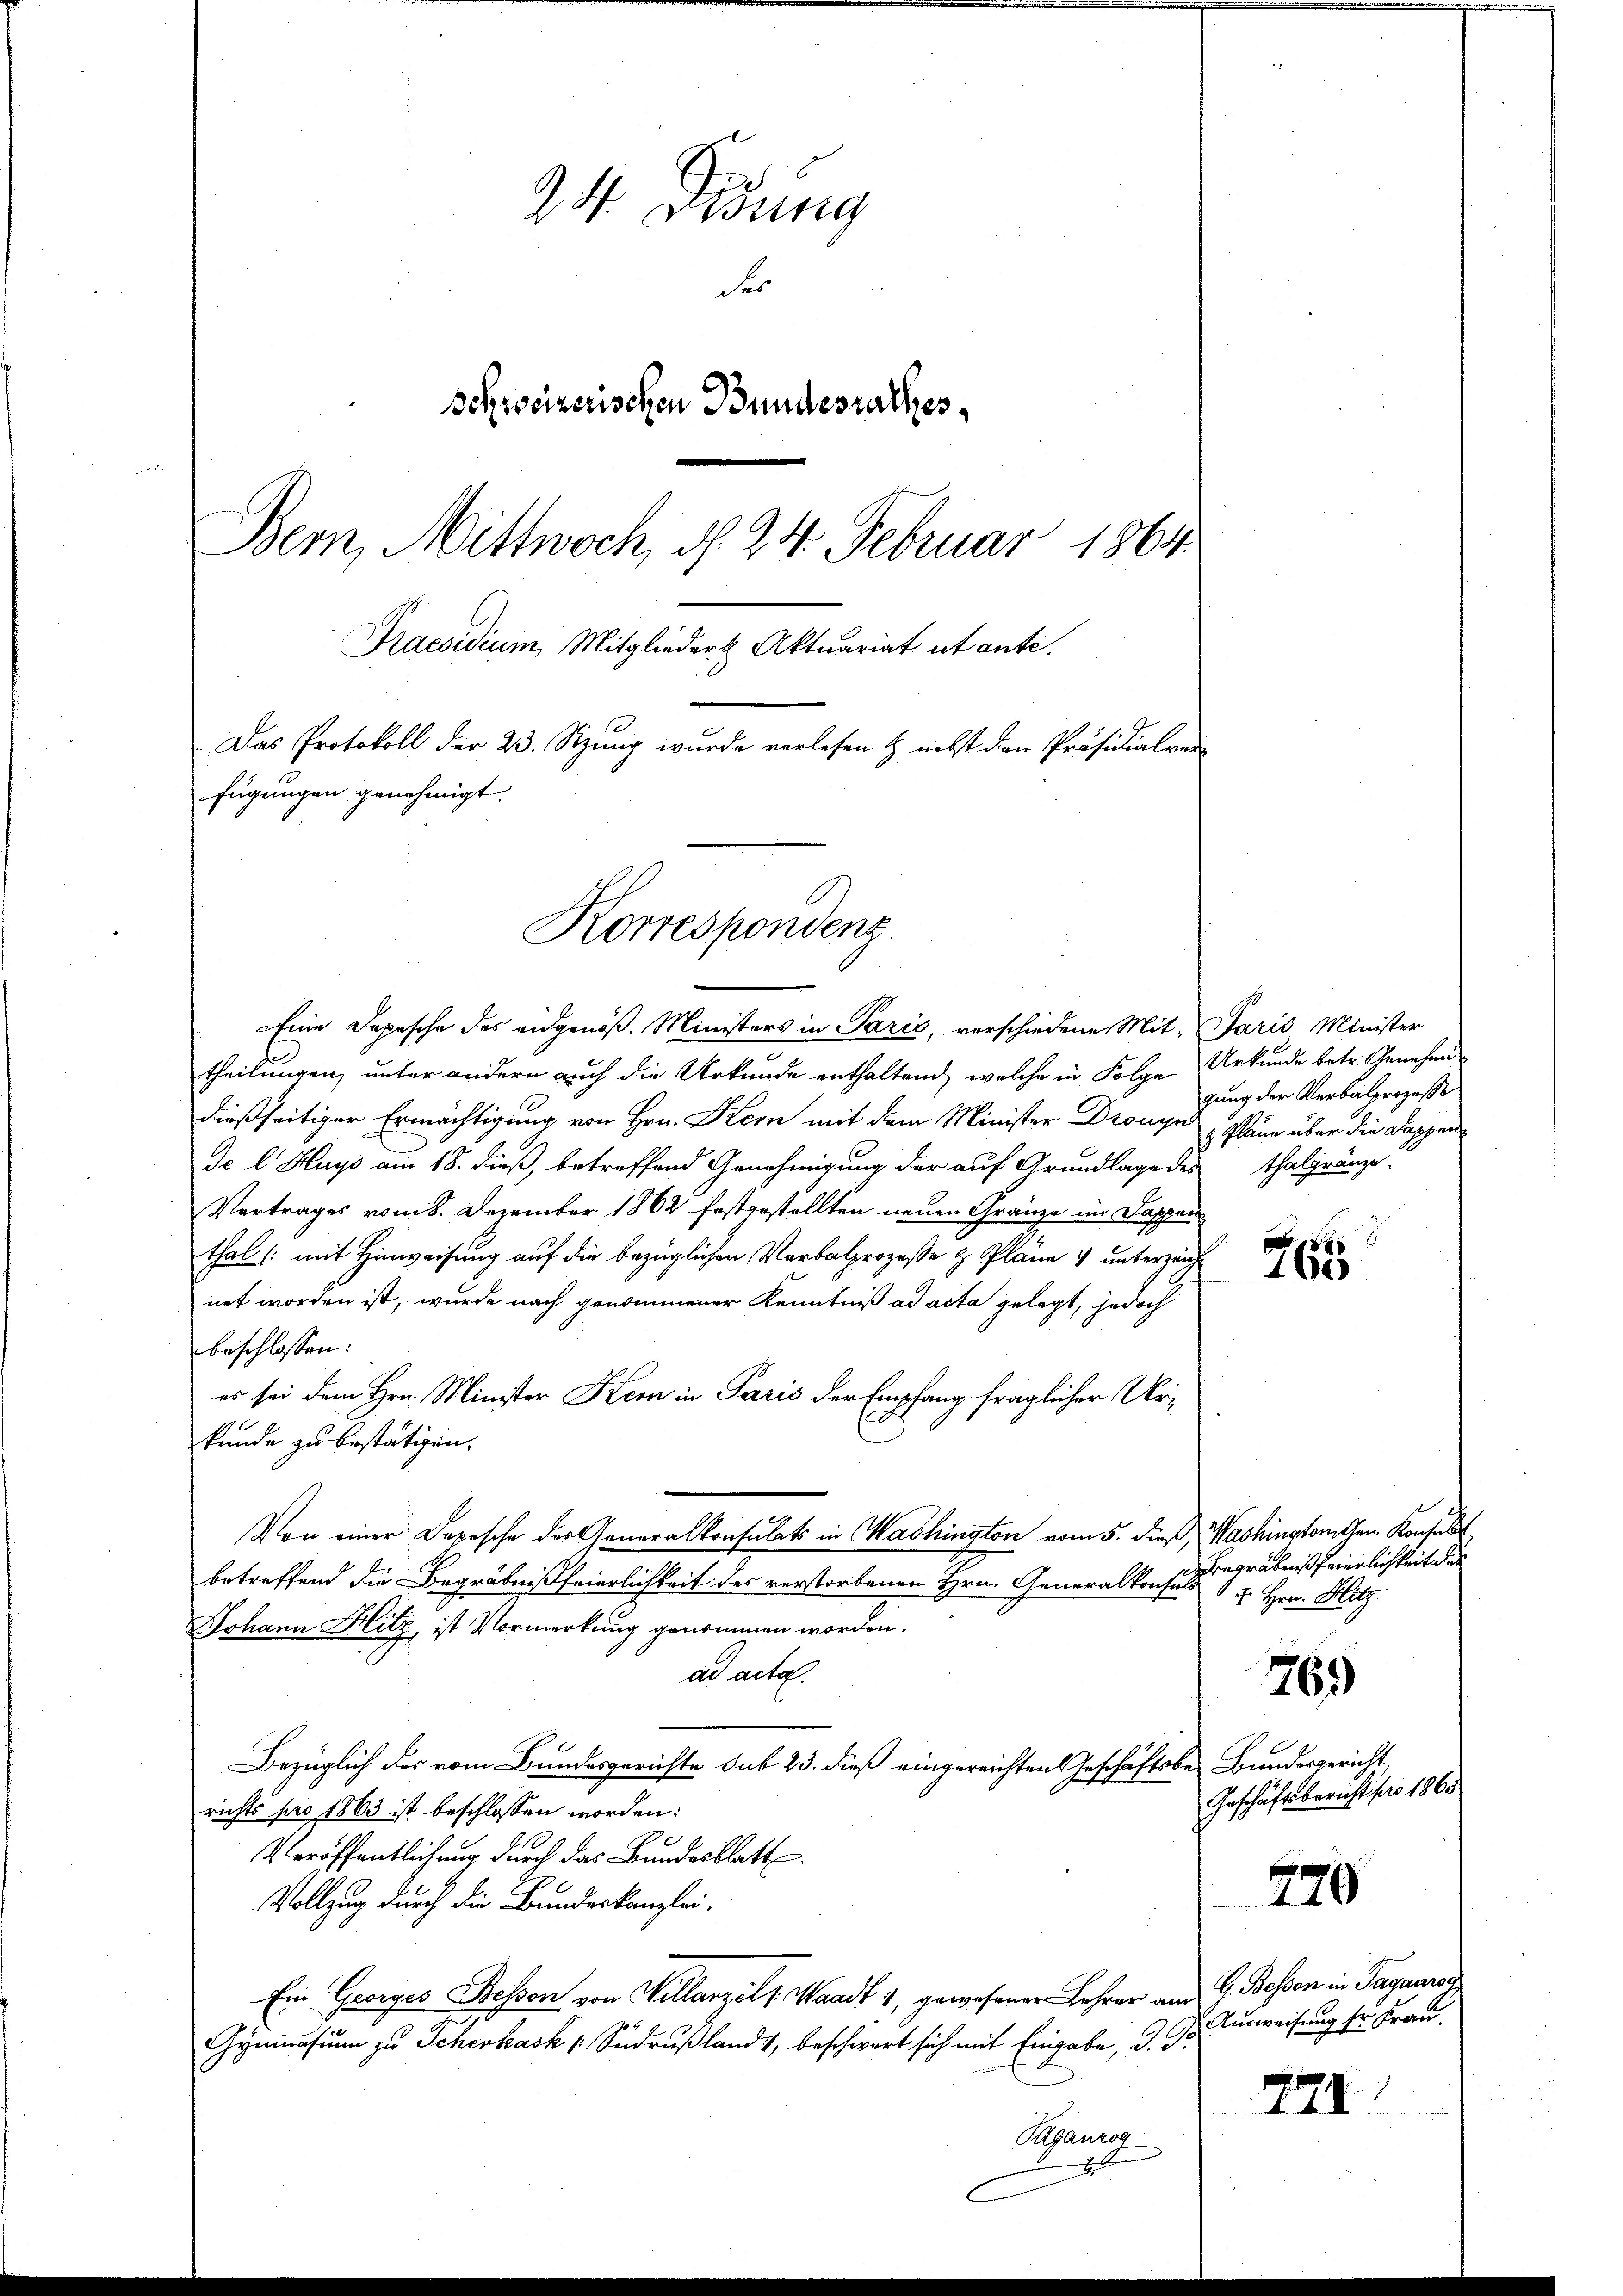
24. Didung
der
Schweizerischen Bundesrathes
Bern, Mittwoch, d. 24. Februar 1864.
Praesidium, Mitglieder Aktuariat ut anti.
Das Protokoll der 23. Sizung wurde vorlesen & nebst den Präsidialver
fügungen genehmigt.

Korrespondenz.

Eine Depesche des eidgenöß. Ministers in Parić, verschiedene Mit- Paris Minister
theilungen, unter andern auch die Urkunde enthaltend, welche in Folge
dießseitiger Ermächtigung von Hrn. Kern mit dem Minister Dronye Pläne über die Kappen
de l. Huys am 18. dieß, betreffend Genehmigung der auf Grundlage des Thalgränze
Vertrages vom 8. Dezember 1862 festgestellten neuen Gränze im Sappar
thaltlichen Ver
net worden ist, wurde nach genommener Kenntniß ad acta gelegt, jedoch
beschlossen:
es sei dem Hrn. Minister Korn in Paris der Empfang fraglicher Urkunde zu bestätigen.
Von einer Depesche des Generalkonsulats in Washington vom 5. dieß, Washingtonten Konsul
betreffend die Begräbnißfeierlichkeit des verstorbenen Hrn. Generalkonsuls
Johann Hitz ist Vormerkung genommen worden.
ad acta.
Bezüglich des vom Bundesgerichte sub 23. dieß eingereichten Geschäftsbe- Bundesgericht
richts pro 1863 ist beschlossen worden:
Veröffentlichung durch das Bundesblatt.
Vollzug durch die Bundeskanzlei-
Ein Georges Besson von Willarzel v. Waadt 1, gewesener Lehrer am
Gymnasium zu Scherhask u Sudrußland 1, beschwert sich mit Eingabe, d. J.
Paganzog
J

Urkunde betr. Genehmigung der Verbalprozesse

166

Begräbniß feierlichkeit das
 Hrn. Hitz.

769

Geschäftsbericht für 1863.

770

G. Bessen in Tagaarac
Ausweisung sr Frau.

XXI.